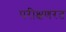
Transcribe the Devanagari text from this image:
परीक्षणरत